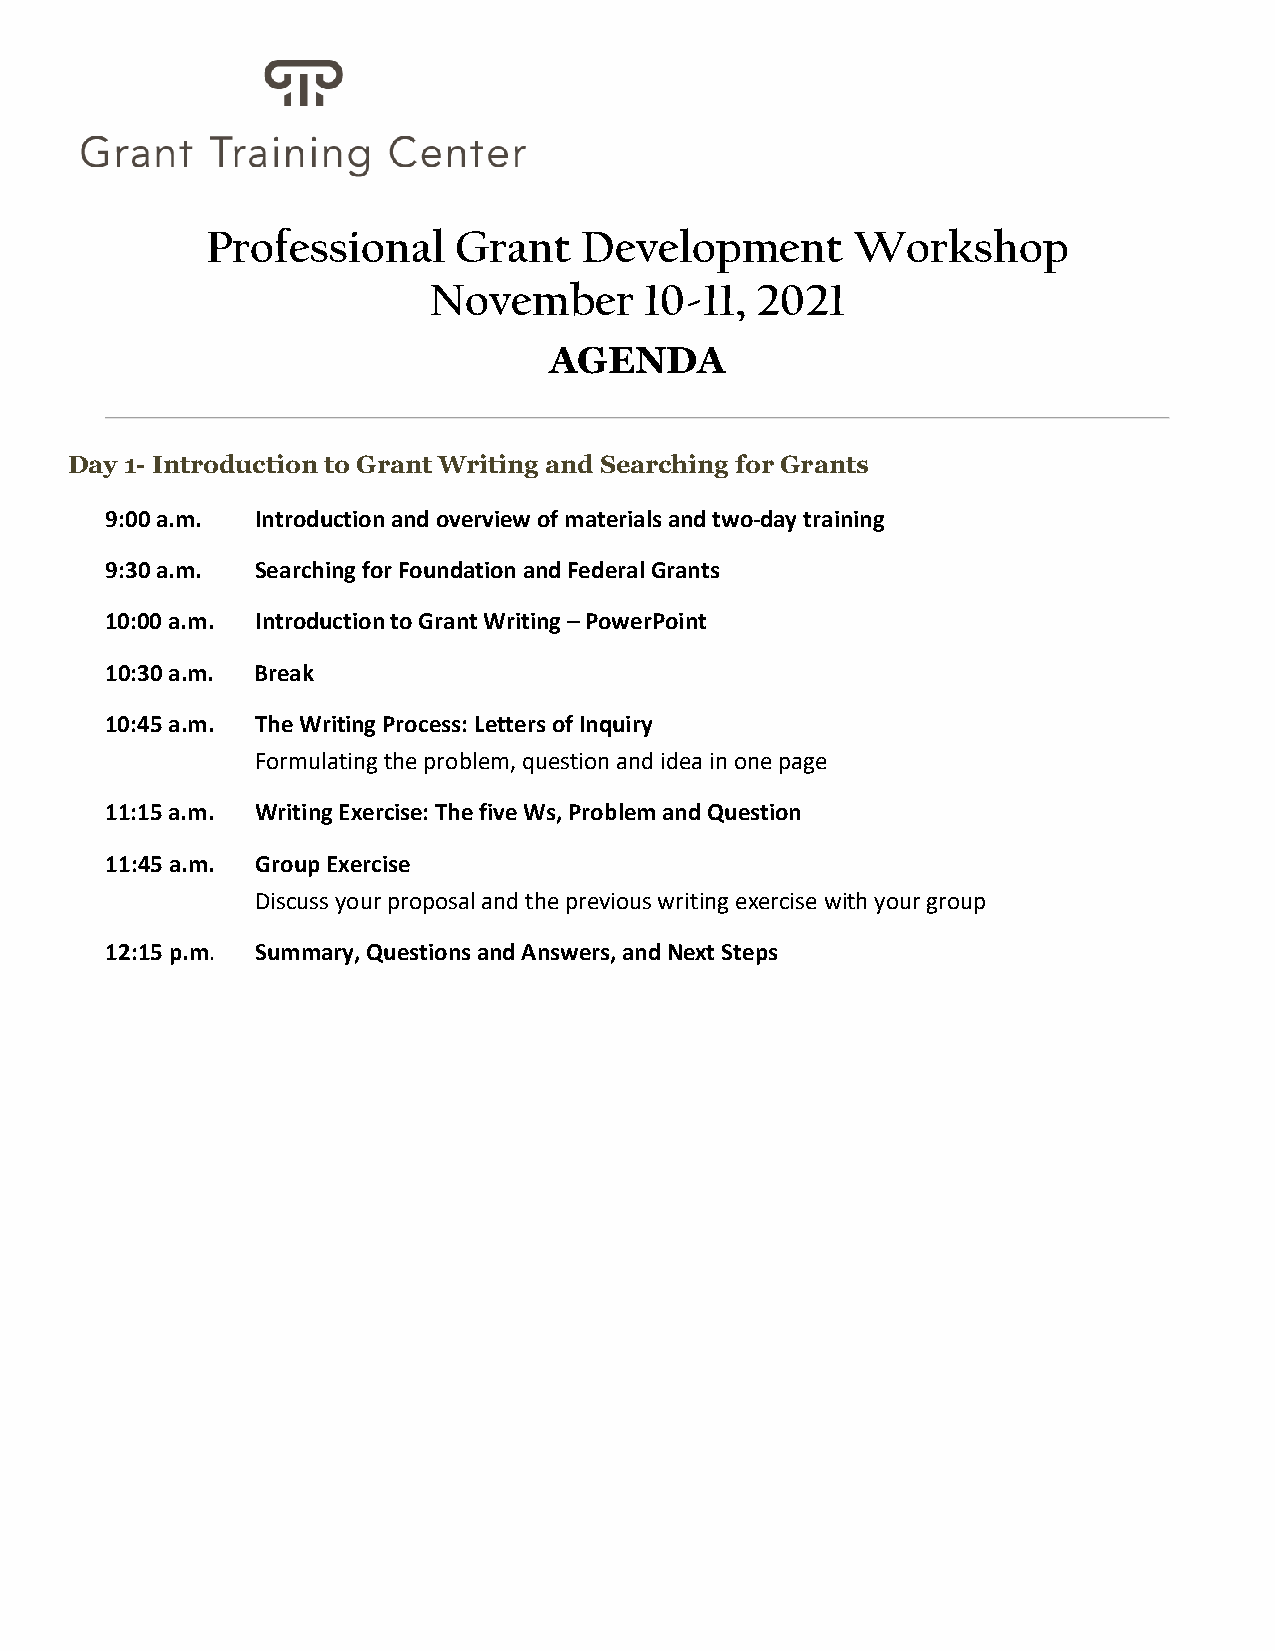
Professional    Grant   Development        Workshop
 November       10-11, 2021
 AGENDA
 Day 1- Introduction to Grant Writing and Searching for Grants
 9:00 a.m. Introduction and overview of materials and two-day training
 9:30 a.m. Searching for Foundation and Federal Grants
 10:00 a.m. Introduction to Grant Writing – PowerPoint
 10:30 a.m. Break
 10:45 a.m. The Writing Process: Letters of Inquiry
 Formulating the problem, question and idea in one page
 11:15 a.m. Writing Exercise: The five Ws, Problem and Question
 11:45 a.m. Group Exercise
 Discuss your proposal and the previous writing exercise with your group
 12:15 p.m. Summary, Questions and Answers, and Next Steps